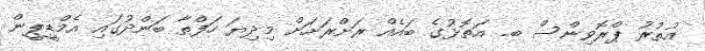
އުތުރު ޕްރޮވިންސް ބ. އަތޮޅުގެ ބައެއް ރަށްރަށަށް މިދިޔަ ހަފްތާ ބަންދުގައި އެމްޑީޕީން